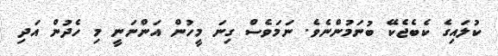
ކުލައިގެ ކެބެޖެކޭ ބުނަމުންނެވެ. ނަމަވެސް ގިނަ މީހުން އަންނަނީ މި ހެދުން އަދި